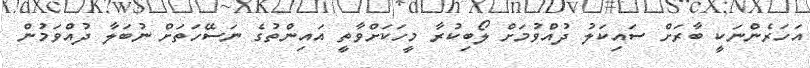
އަހަރެންނަކީ ބާރަށް ސައިކަލު ދުއްވުމަށް ލޯބިކުރާ މީހަކަށްވާތީ އައިންތުގެ ނަސޭހަތަށް ނުބަލާ ދުއްވަމުން